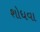
શોધવા